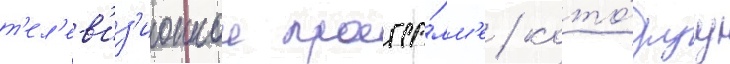
т'ел'ев'из'ионнои програ́мм'е / кото́руу